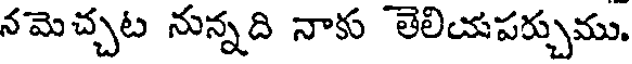
నమెచ్చట నున్నది నాకు తెలియపర్చుము.